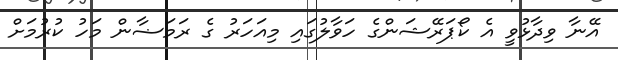
އޭނާ ވިދާޅުވީ އެ ކޯޕަރޭޝަންގެ ހަވާލުގައި މިއަހަރު ގެ ރަމަޟާން މަހު ކުރުމަށް